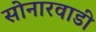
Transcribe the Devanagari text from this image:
सोनारवाडी